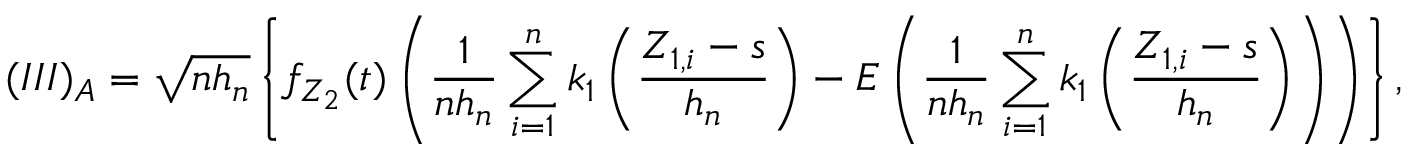
( I I I ) _ { A } = \sqrt { n h _ { n } } \left\{ f _ { Z _ { 2 } } ( t ) \left( \frac { 1 } { n h _ { n } } \sum _ { i = 1 } ^ { n } k _ { 1 } \left( \frac { Z _ { 1 , i } - s } { h _ { n } } \right) - E \left( \frac { 1 } { n h _ { n } } \sum _ { i = 1 } ^ { n } k _ { 1 } \left( \frac { Z _ { 1 , i } - s } { h _ { n } } \right) \right) \right) \right\} ,